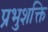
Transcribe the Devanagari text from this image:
प्रभुशक्ति